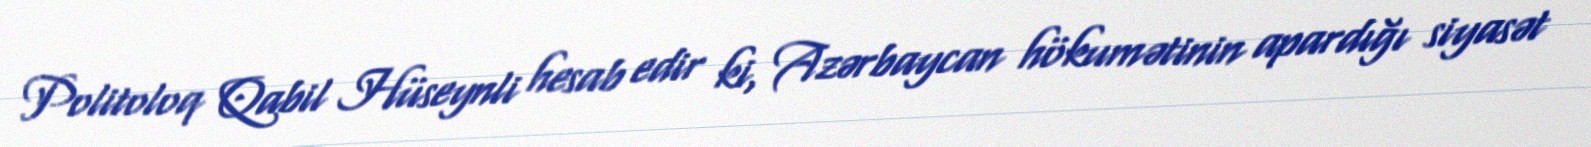
Politoloq Qabil Hüseynli hesab edir ki, Azərbaycan hökumətinin apardığı siyasət